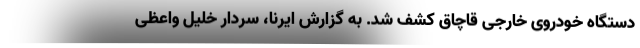
دستگاه خودروی خارجی قاچاق کشف شد. به گزارش ایرنا، سردار خلیل واعظی